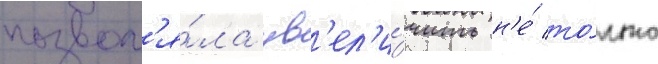
позвол'я́ла ув'ел'и́чить н'е́ то́лько